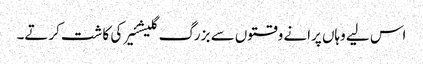
اس لیے وہاں پرانے وقتوں سے بزرگ گلیشئیر کی کاشت کرتے۔